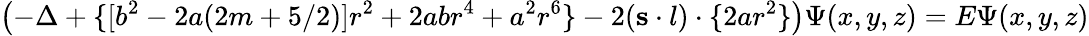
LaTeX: \left(-\Delta+\{ [b^{2}-2a(2m+5/2)]r^{2}+2abr^{4}+a^{2}r^{6}\} -2({\mathbf s\cdot l})\cdot\{ 2ar^{2}\} \right)\Psi(x,y,z)=E\Psi(x,y,z)